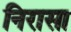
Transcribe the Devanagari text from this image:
निरासा